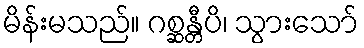
မိန်းမသည်။ ဂစ္ဆန္တီပိ၊ သွားသော်